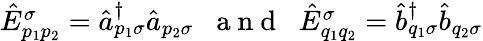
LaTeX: \begin{array}{r}{\hat{E}_{p_{1}p_{2}}^{\sigma}=\hat{a}_{p_{1}\sigma}^{\dagger}\hat{a}_{p_{2}\sigma}\; \; \mathrm{~a~n~d~}\; \; \hat{E}_{q_{1}q_{2}}^{\sigma}=\hat{b}_{q_{1}\sigma}^{\dagger}\hat{b}_{q_{2}\sigma}}\end{array}